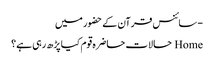
- سائنس قرآن کے حضور میں
Home حالات حاضرہ قوم کیا پڑھ رہی ہے؟